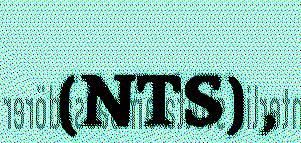
(NTS) ,